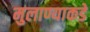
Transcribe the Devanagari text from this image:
मुलाण्याकडे